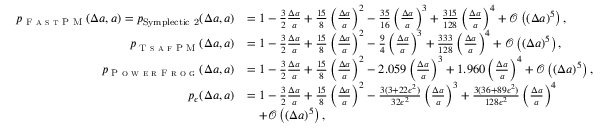
\begin{array} { r l } { p _ { \mathrm { \textsc { F a s t P M } } } ( \Delta a , a ) = p _ { \mathrm { { S y m p l e c t i c ~ 2 } } } ( \Delta a , a ) } & { = 1 - \frac { 3 } { 2 } \frac { \Delta a } { a } + \frac { 1 5 } { 8 } \left( \frac { \Delta a } { a } \right) ^ { 2 } - \frac { 3 5 } { 1 6 } \left( \frac { \Delta a } { a } \right) ^ { 3 } + \frac { 3 1 5 } { 1 2 8 } \left( \frac { \Delta a } { a } \right) ^ { 4 } + \mathscr { O } \left( ( \Delta a ) ^ { 5 } \right) , } \\ { p _ { \textsc { T s a f P M } } ( \Delta a , a ) } & { = 1 - \frac { 3 } { 2 } \frac { \Delta a } { a } + \frac { 1 5 } { 8 } \left( \frac { \Delta a } { a } \right) ^ { 2 } - \frac { 9 } { 4 } \left( \frac { \Delta a } { a } \right) ^ { 3 } + \frac { 3 3 3 } { 1 2 8 } \left( \frac { \Delta a } { a } \right) ^ { 4 } + \mathscr { O } \left( ( \Delta a ) ^ { 5 } \right) , } \\ { p _ { \mathrm { \textsc { P o w e r F r o g } } } ( \Delta a , a ) } & { = 1 - \frac { 3 } { 2 } \frac { \Delta a } { a } + \frac { 1 5 } { 8 } \left( \frac { \Delta a } { a } \right) ^ { 2 } - 2 . 0 5 9 \left( \frac { \Delta a } { a } \right) ^ { 3 } + 1 . 9 6 0 \left( \frac { \Delta a } { a } \right) ^ { 4 } + \mathscr { O } \left( ( \Delta a ) ^ { 5 } \right) , } \\ { p _ { \epsilon } ( \Delta a , a ) } & { = 1 - \frac { 3 } { 2 } \frac { \Delta a } { a } + \frac { 1 5 } { 8 } \left( \frac { \Delta a } { a } \right) ^ { 2 } - \frac { 3 ( 3 + 2 2 \epsilon ^ { 2 } ) } { 3 2 \epsilon ^ { 2 } } \left( \frac { \Delta a } { a } \right) ^ { 3 } + \frac { 3 ( 3 6 + 8 9 \epsilon ^ { 2 } ) } { 1 2 8 \epsilon ^ { 2 } } \left( \frac { \Delta a } { a } \right) ^ { 4 } } \\ & { \quad + \mathscr { O } \left( ( \Delta a ) ^ { 5 } \right) , } \end{array}